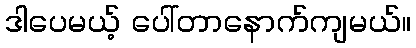
ဒါပေမယ့် ပေါ်တာနောက်ကျမယ်။